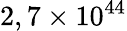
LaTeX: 2,7\times 10^{44}